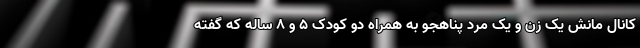
کانال مانش یک زن و یک مرد پناهجو به همراه دو کودک ۵ و ۸ ساله که گفته